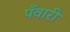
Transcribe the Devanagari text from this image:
पँवारी